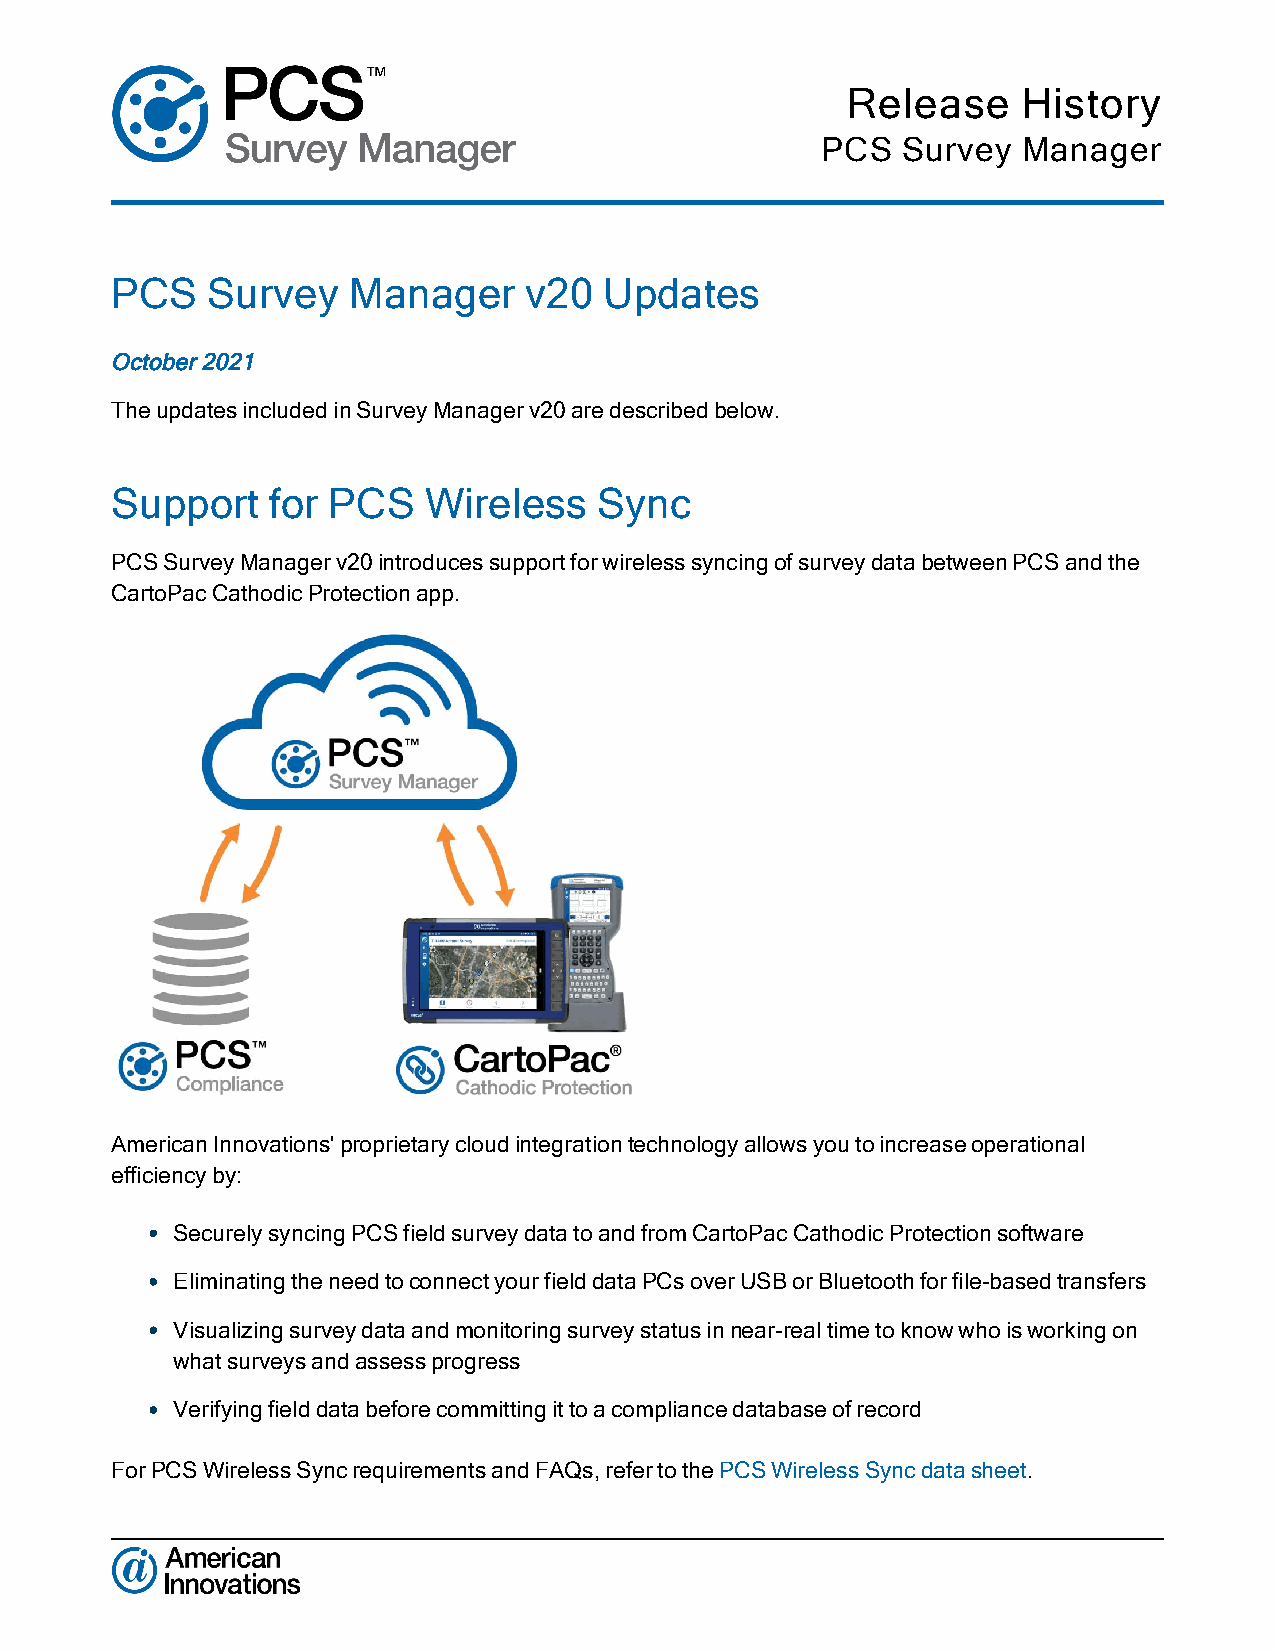
Release     History
 PCS   Survey  Manager
 PCS    Survey   Manager     v20  Updates
 October 2021
 The updates included in Survey Manager v20 are described below.
 Support    for PCS   Wireless    Sync
 PCS Survey Manager v20 introduces support for wireless syncing of survey data between PCS and the
 CartoPac Cathodic Protection app.
 American Innovations' proprietary cloud integration technology allows you to i ncrease operational
 efficiency b y:
 l Securely syncing PCS field survey data to and from CartoPac Cathodic Protection software
 l Eliminating the need to connect your field data PCs over USB or Bluetooth for file-based transfers
 l Visualizing survey data and monitoring survey status in near-real time to know who is working on
 what surveys and assess progress
 l Verifying field data before committing it to a compliance database of record
 For PCS Wireless Sync requirements and FAQs, refer to the PCS Wireless Sync data sheet.